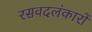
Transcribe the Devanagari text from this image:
रसवदलंकारों